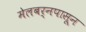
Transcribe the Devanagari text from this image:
मेलबर्नपासून